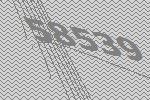
58539